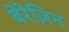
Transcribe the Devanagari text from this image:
बेरेज़िन